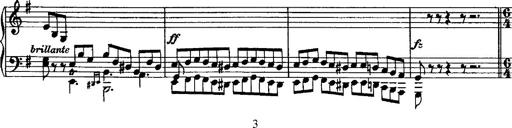
Title: Rondo di bravura
Composer: Franz Liszt